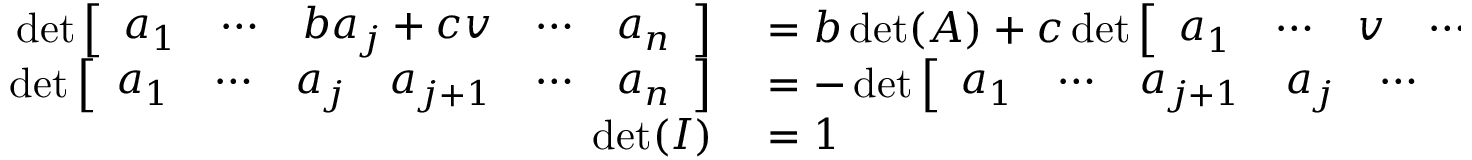
\begin{array} { r l } { \operatorname* { d e t } { \left[ \begin{array} { l l l l l } { a _ { 1 } } & { \cdots } & { b a _ { j } + c v } & { \cdots } & { a _ { n } } \end{array} \right] } } & { { } = b \operatorname* { d e t } ( A ) + c \operatorname* { d e t } { \left[ \begin{array} { l l l l l } { a _ { 1 } } & { \cdots } & { v } & { \cdots } & { a _ { n } } \end{array} \right] } } \\ { \operatorname* { d e t } { \left[ \begin{array} { l l l l l l } { a _ { 1 } } & { \cdots } & { a _ { j } } & { a _ { j + 1 } } & { \cdots } & { a _ { n } } \end{array} \right] } } & { { } = - \operatorname* { d e t } { \left[ \begin{array} { l l l l l l } { a _ { 1 } } & { \cdots } & { a _ { j + 1 } } & { a _ { j } } & { \cdots } & { a _ { n } } \end{array} \right] } } \\ { \operatorname* { d e t } ( I ) } & { { } = 1 } \end{array}